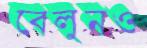
বেলুনও